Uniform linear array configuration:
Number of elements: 16
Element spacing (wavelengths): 0.5
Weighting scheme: uniform
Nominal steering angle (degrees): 60
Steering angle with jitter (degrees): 59.466
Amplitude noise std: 0.05
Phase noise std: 0.05

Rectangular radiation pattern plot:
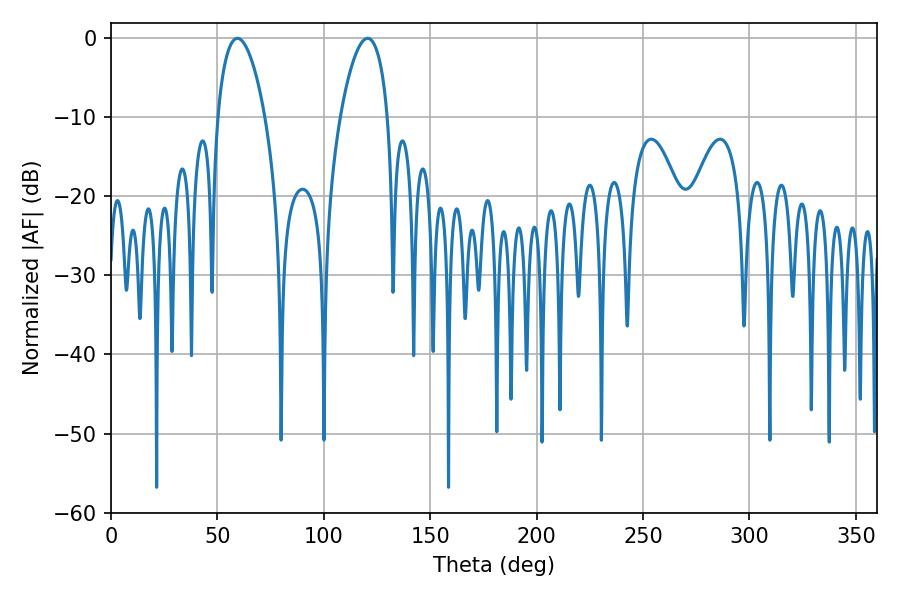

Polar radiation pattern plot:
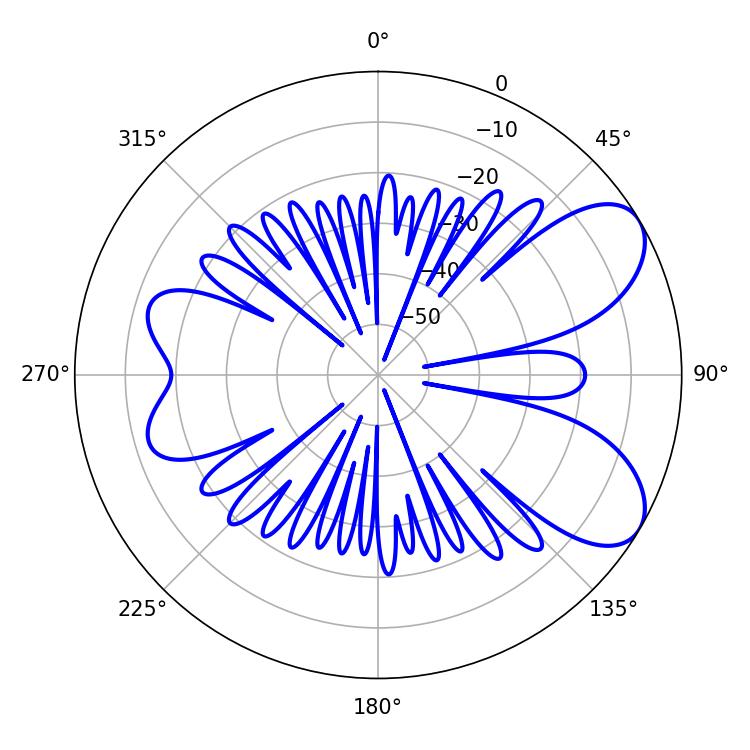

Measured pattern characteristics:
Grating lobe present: FALSE
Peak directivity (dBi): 7.253
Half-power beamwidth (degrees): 12.42
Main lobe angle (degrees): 59.4